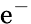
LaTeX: \mathrm{e}^{-}